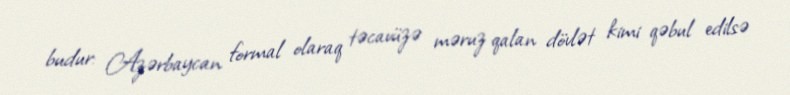
budur: Azərbaycan formal olaraq təcavüzə məruz qalan dövlət kimi qəbul edilsə